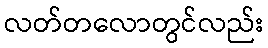
လတ်တလောတွင်လည်း